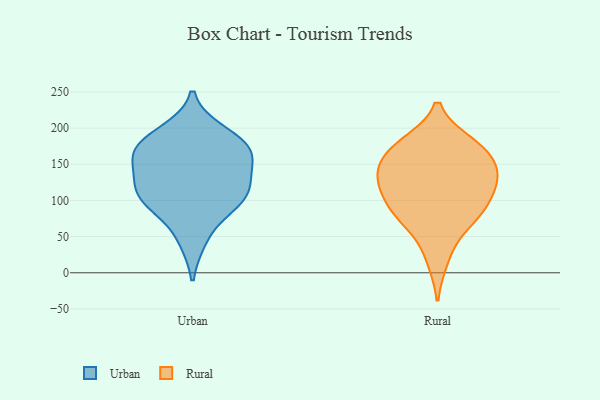
{"axis": {"x": "Tickets Resolved", "y": "Value"}, "legend": ["Rural", "Urban"], "data": [{"x": "", "y": 173, "type": "Urban"}, {"x": "", "y": 93, "type": "Urban"}, {"x": "", "y": 122, "type": "Urban"}, {"x": "", "y": 161, "type": "Urban"}, {"x": "", "y": 99, "type": "Urban"}, {"x": "", "y": 167, "type": "Urban"}, {"x": "", "y": 46, "type": "Urban"}, {"x": "", "y": 117, "type": "Urban"}, {"x": "", "y": 194, "type": "Urban"}, {"x": "", "y": 105, "type": "Urban"}, {"x": "", "y": 147, "type": "Urban"}, {"x": "", "y": 180, "type": "Urban"}, {"x": "", "y": 150, "type": "Rural"}, {"x": "", "y": 179, "type": "Rural"}, {"x": "", "y": 57, "type": "Rural"}, {"x": "", "y": 88, "type": "Rural"}, {"x": "", "y": 120, "type": "Rural"}, {"x": "", "y": 126, "type": "Rural"}, {"x": "", "y": 131, "type": "Rural"}, {"x": "", "y": 18, "type": "Rural"}, {"x": "", "y": 175, "type": "Rural"}, {"x": "", "y": 137, "type": "Rural"}, {"x": "", "y": 85, "type": "Rural"}, {"x": "", "y": 92, "type": "Rural"}, {"x": "", "y": 131, "type": "Rural"}, {"x": "", "y": 170, "type": "Rural"}, {"x": "", "y": 172, "type": "Rural"}, {"x": "", "y": 82, "type": "Rural"}]}